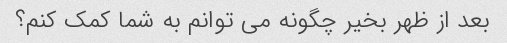
بعد از ظهر بخیر چگونه می توانم به شما کمک کنم؟